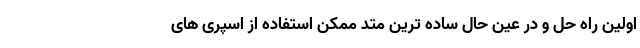
اولین راه حل و در عین حال ساده ترین متد ممکن استفاده از اسپری های